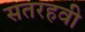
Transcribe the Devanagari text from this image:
सतरहवी